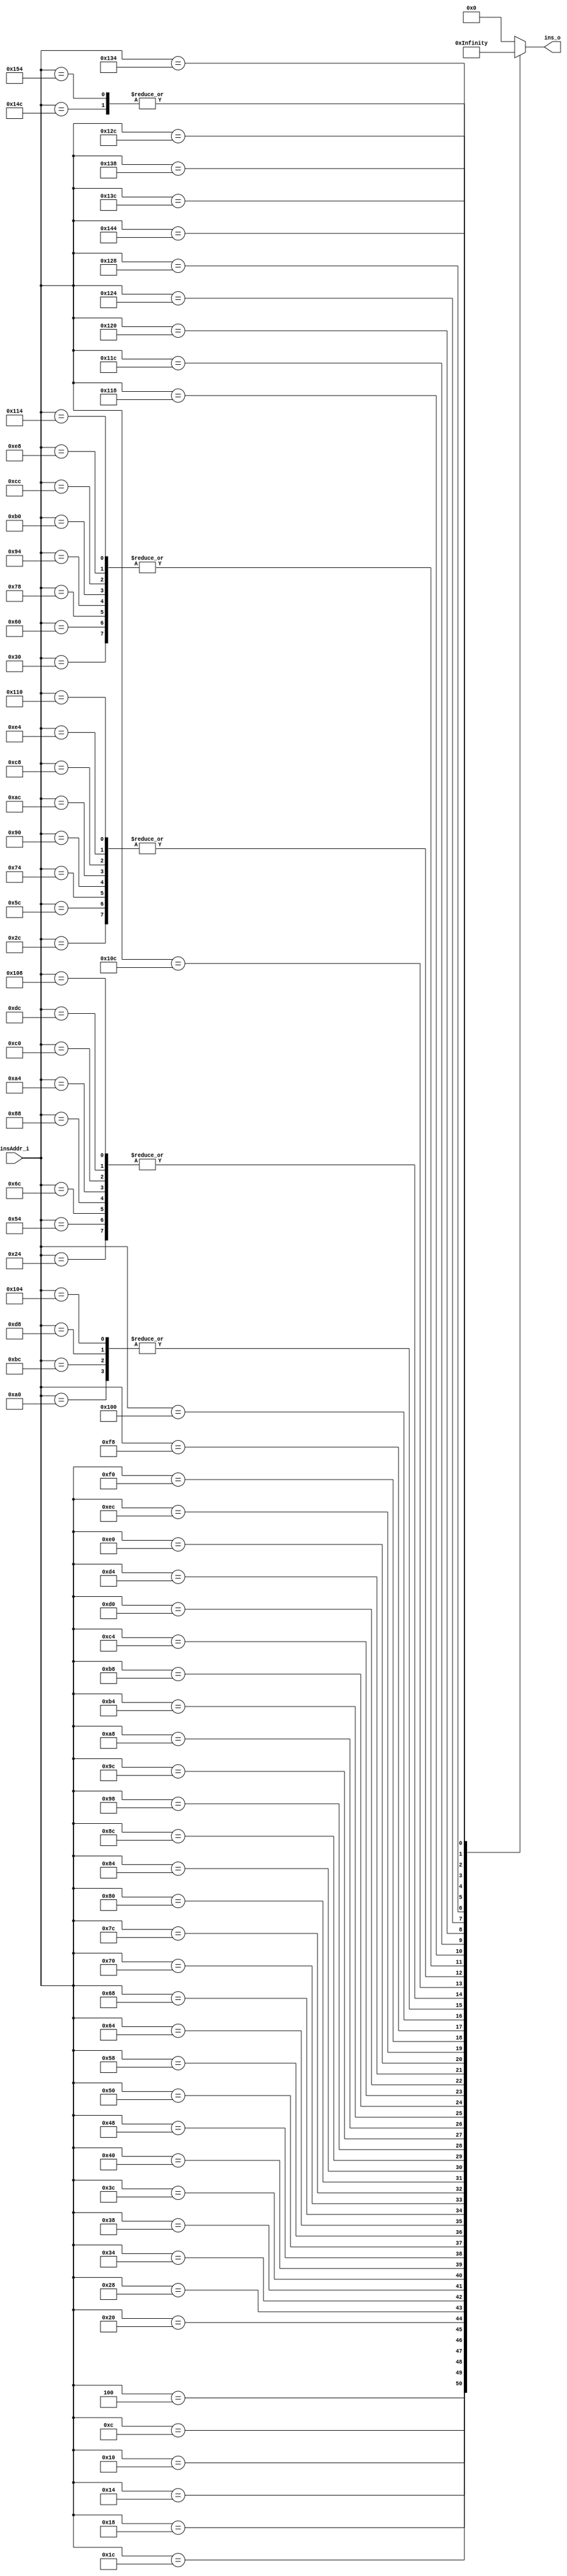
module rom(
    input wire[15:0] insAddr_i,
    output reg[31:0] ins_o
    );

    always @(*) begin
        //-*case*-/
        case (insAddr_i)
            0: ins_o = 32'h00000000;
            4: ins_o = 32'h10000001;
            8: ins_o = 32'h00000000;
            12: ins_o = 32'h3c08beff;
            16: ins_o = 32'h3508fff8;
            20: ins_o = 32'h240900ff;
            24: ins_o = 32'had090000;
            28: ins_o = 32'h3c10be00;
            32: ins_o = 32'h240f0000;
            36: ins_o = 32'h020f7821;
            40: ins_o = 32'h8de90000;
            44: ins_o = 32'h8def0004;
            48: ins_o = 32'h000f7c00;
            52: ins_o = 32'h012f4825;
            56: ins_o = 32'h3c08464c;
            60: ins_o = 32'h3508457f;
            64: ins_o = 32'h11090003;
            68: ins_o = 32'h00000000;
            72: ins_o = 32'h10000042;
            76: ins_o = 32'h00000000;
            80: ins_o = 32'h240f0038;
            84: ins_o = 32'h020f7821;
            88: ins_o = 32'h8df10000;
            92: ins_o = 32'h8def0004;
            96: ins_o = 32'h000f7c00;
            100: ins_o = 32'h022f8825;
            104: ins_o = 32'h240f0058;
            108: ins_o = 32'h020f7821;
            112: ins_o = 32'h8df20000;
            116: ins_o = 32'h8def0004;
            120: ins_o = 32'h000f7c00;
            124: ins_o = 32'h024f9025;
            128: ins_o = 32'h3252ffff;
            132: ins_o = 32'h240f0030;
            136: ins_o = 32'h020f7821;
            140: ins_o = 32'h8df30000;
            144: ins_o = 32'h8def0004;
            148: ins_o = 32'h000f7c00;
            152: ins_o = 32'h026f9825;
            156: ins_o = 32'h262f0008;
            160: ins_o = 32'h000f7840;
            164: ins_o = 32'h020f7821;
            168: ins_o = 32'h8df40000;
            172: ins_o = 32'h8def0004;
            176: ins_o = 32'h000f7c00;
            180: ins_o = 32'h028fa025;
            184: ins_o = 32'h262f0010;
            188: ins_o = 32'h000f7840;
            192: ins_o = 32'h020f7821;
            196: ins_o = 32'h8df50000;
            200: ins_o = 32'h8def0004;
            204: ins_o = 32'h000f7c00;
            208: ins_o = 32'h02afa825;
            212: ins_o = 32'h262f0004;
            216: ins_o = 32'h000f7840;
            220: ins_o = 32'h020f7821;
            224: ins_o = 32'h8df60000;
            228: ins_o = 32'h8def0004;
            232: ins_o = 32'h000f7c00;
            236: ins_o = 32'h02cfb025;
            240: ins_o = 32'h12800010;
            244: ins_o = 32'h00000000;
            248: ins_o = 32'h12a0000e;
            252: ins_o = 32'h00000000;
            256: ins_o = 32'h26cf0000;
            260: ins_o = 32'h000f7840;
            264: ins_o = 32'h020f7821;
            268: ins_o = 32'h8de80000;
            272: ins_o = 32'h8def0004;
            276: ins_o = 32'h000f7c00;
            280: ins_o = 32'h010f4025;
            284: ins_o = 32'hae880000;
            288: ins_o = 32'h26d60004;
            292: ins_o = 32'h26940004;
            296: ins_o = 32'h26b5fffc;
            300: ins_o = 32'h1ea0fff4;
            304: ins_o = 32'h00000000;
            308: ins_o = 32'h26310020;
            312: ins_o = 32'h2652ffff;
            316: ins_o = 32'h1e40ffd7;
            320: ins_o = 32'h00000000;
            324: ins_o = 32'h02600008;
            328: ins_o = 32'h00000000;
            332: ins_o = 32'h1000ffff;
            336: ins_o = 32'h00000000;
            340: ins_o = 32'h1000ffff;
            344: ins_o = 32'h00000000;
            default: ins_o = 0;
        endcase
        //-*case*-/
    end

endmodule